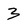
Character: 3